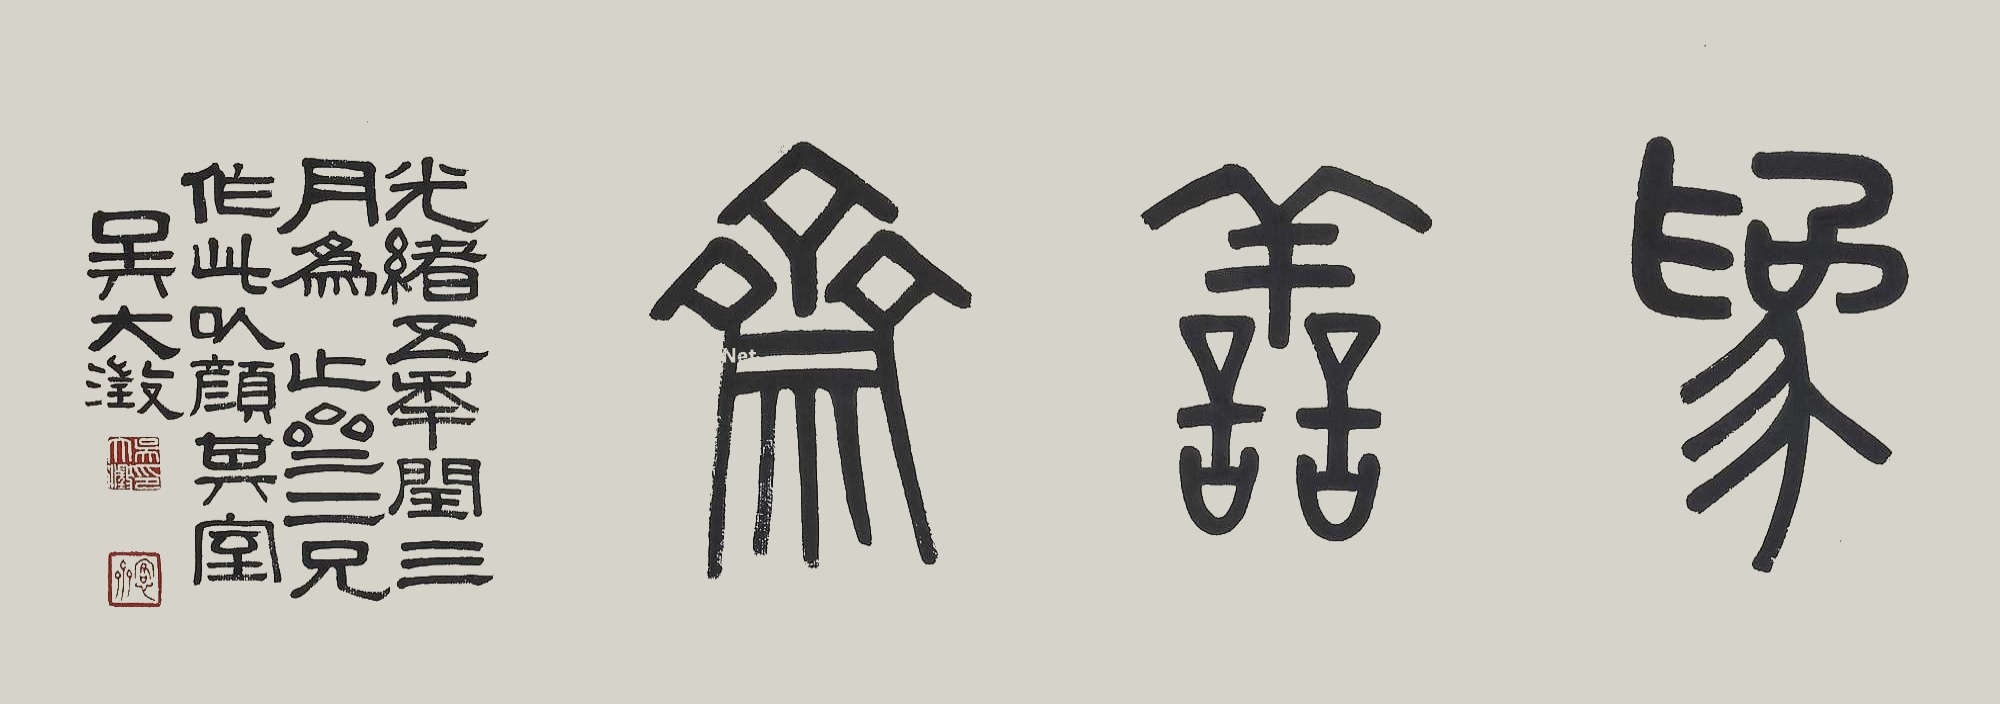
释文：为善斋。光绪五年闰三月为止齐二兄作此以颜其室，吴大澂。